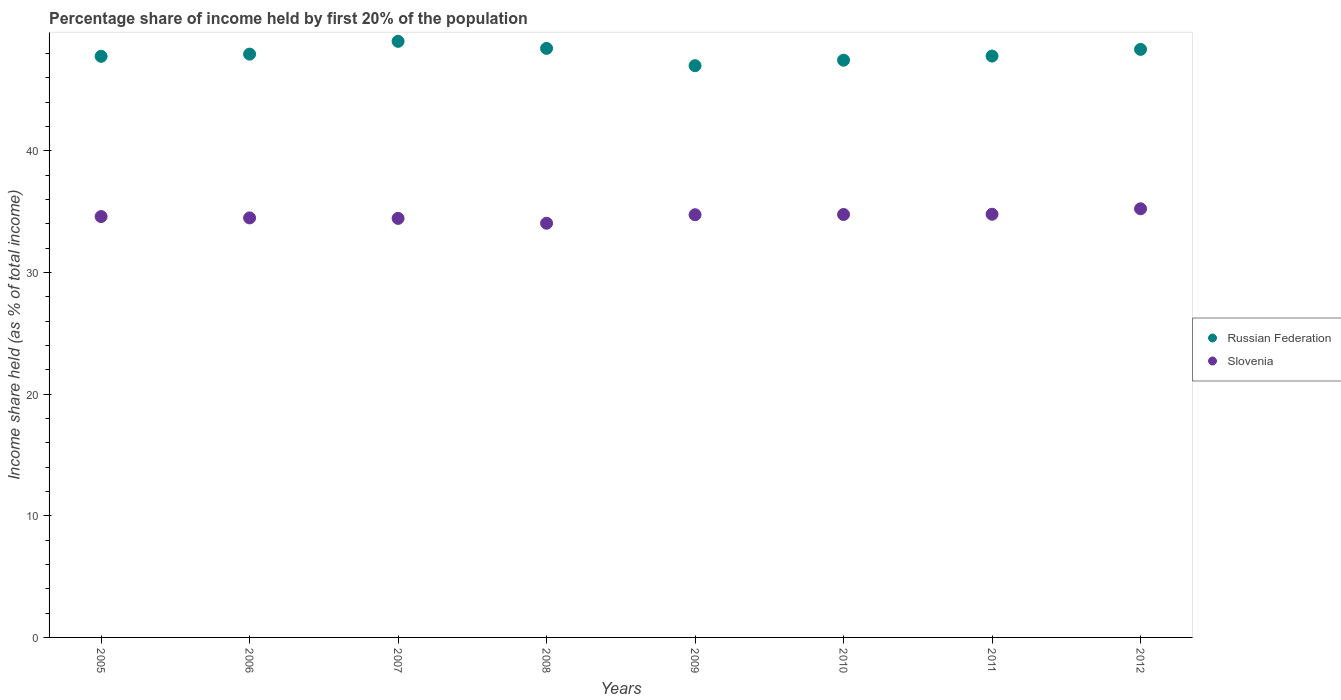
| Years | Russian Federation | Slovenia |
 | --- | --- | --- |
 | 2005 | 47.8 | 34.6 |
 | 2006 | 47.9 | 34.5 |
 | 2007 | 49 | 34.4 |
 | 2008 | 48.4 | 34 |
 | 2009 | 47 | 34.7 |
 | 2010 | 47.4 | 34.8 |
 | 2011 | 47.8 | 34.8 |
 | 2012 | 48.3 | 35.2 |